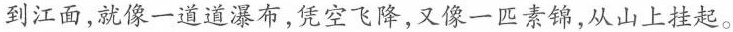
到江面,就像一道道瀑布,凭空飞降,又像一匹素锦,从山上挂起。